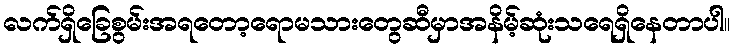
လက်ရှိခြေစွမ်းအရတော့ရောမသားတွေဆီမှာအနိမ့်ဆုံးသရေရှိနေတာပါ။